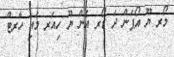
މޯރ ޔޫ އޯޕަން ދަ ޑޯރ އެން ޔޫ ހިއަރ މައި ހާރޓް